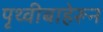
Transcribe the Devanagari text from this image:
पृथ्वीबाहेरून